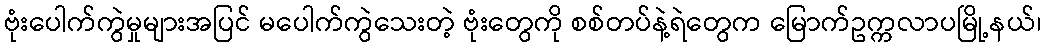
ဗုံးပေါက်ကွဲမှုများအပြင် မပေါက်ကွဲသေးတဲ့ ဗုံးတွေကို စစ်တပ်နဲ့ရဲတွေက မြောက်ဥက္ကလာပမြို့နယ်၊